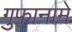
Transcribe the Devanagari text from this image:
गुफानामे